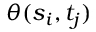
\theta ( s _ { i } , t _ { j } )